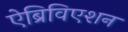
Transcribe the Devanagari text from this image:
ऐब्रिविएशन